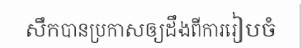
សឹកបានប្រកាសឲ្យដឹងពីការរៀបចំ